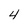
Character: 4